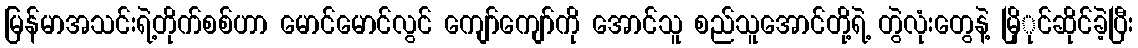
မြန်မာအသင်းရဲ့တိုက်စစ်ဟာ မောင်မောင်လွင် ကျော်ကျော်ကို အောင်သူ စည်သူအောင်တို့ရဲ့ တွဲလုံးတွေနဲ့ မြိုုင်ဆိုင်ခဲ့ပြီး